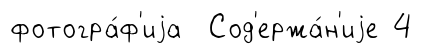
фотогра́ф'иjа Сод'ержа́н'иjе 4